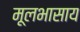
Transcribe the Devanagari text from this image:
मूलभासाय